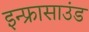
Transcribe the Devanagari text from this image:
इन्फ्रासाउंड